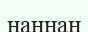
наннан